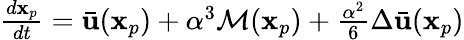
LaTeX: \begin{array}{r}{\frac{d\mathbf{x}_{p}}{dt}=\bar{\mathbf{u}}(\mathbf{x}_{p})+\alpha^{3}\mathcal{M}(\mathbf{x}_{p})+\frac{\alpha^{2}}{6}\Delta\bar{\mathbf{u}}(\mathbf{x}_{p})}\end{array}